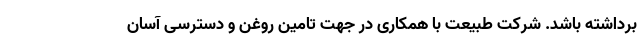
برداشته باشد. شرکت طبیعت با همکاری در جهت تامین روغن و دسترسی آسان